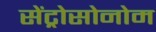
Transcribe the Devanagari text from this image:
सेंट्रोसोनोम